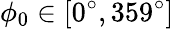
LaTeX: \phi_{0}\in[0^{\circ},359^{\circ}]